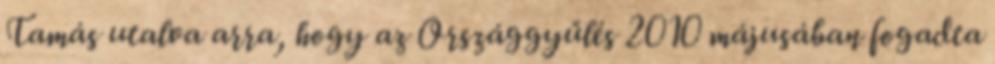
Tamás utalva arra, hogy az Országgyűlés 2010 májusában fogadta